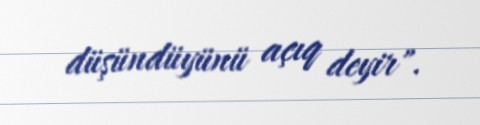
düşündüyünü açıq deyir".